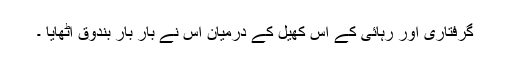
گرفتاری اور رہائی کے اس کھیل کے درمیان اس نے بار بار بندوق اٹھایا ۔